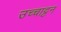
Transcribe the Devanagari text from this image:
उच्चाट्टन